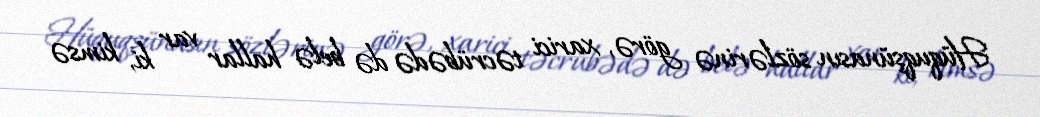
Hüquqşünasın sözlərinə görə, xarici təcrübədə də belə hallar var ki, kimsə